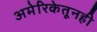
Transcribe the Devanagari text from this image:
अमेरिकेतूनही